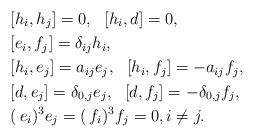
LaTeX: \begin{align*}&[h_i,h_j] =0, \ \ [h_i,d]=0, \\&[e_i,f_j] = \delta_{ij}h_i, \\&[h_i, e_j] = a_{ij}e_j, \ \ [h_i, f_j] = -a_{ij}f_j, \\&[d, e_j]= \delta_{0,j} e_j, \ \ [d, f_j]=-\delta_{0,j} f_j, \\&(\, e_i)^3e_j = (\, f_i)^3f_j = 0, i \neq j.\end{align*}